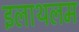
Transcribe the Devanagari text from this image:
इलाथलम